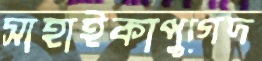
সাহাইকাপুগেদ